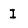
Character: I